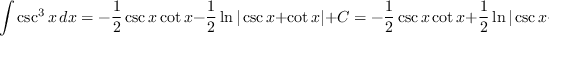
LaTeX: \int \csc ^ { 3 } { x } \, d x = - { \frac { 1 } { 2 } } \csc x \cot x - { \frac { 1 } { 2 } } \ln | \csc x + \cot x | + C = - { \frac { 1 } { 2 } } \csc x \cot x + { \frac { 1 } { 2 } } \ln | \csc x - \cot x | + C